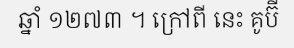
ឆ្នាំ ១២៧៣ ។ ក្រៅពី នេះ គូប៊ី